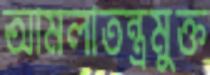
আমলাতন্ত্রমুক্ত